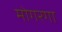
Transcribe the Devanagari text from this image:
मोगरगा